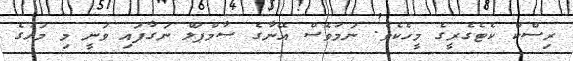
ރިސްކް ކެޓެގެރީގެ މީހެކެވެ. ނަމަވެސް އޭނާގެ ސާމްޕަލް ނަގާފައި ވަނީ މި މަހުގެ